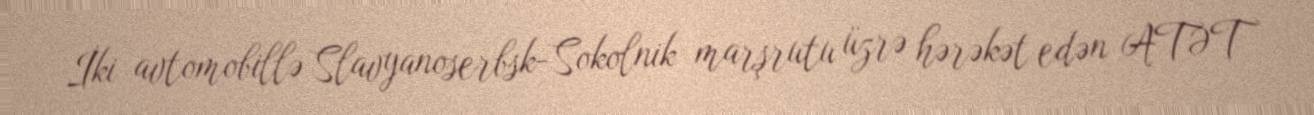
İki avtomobillə Slavyanoserbsk-Sokolnik marşrutu üzrə hərəkət edən ATƏT